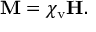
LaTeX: \mathbf { M } = \chi _ { \mathrm { v } } \mathbf { H } .